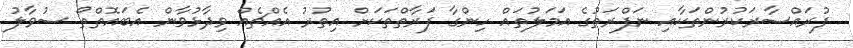
ފުރައްސާރަކުރުންތަކާއި ނަފްރަތުގެ އަމަލުތައް ހިންގާ ފަރާތްތަކަށް އިތުރު އެއްޗެއް ވިދާޅުވާން އެބައޮތްތޯ ސުވާލު